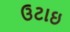
ઉટાઇ